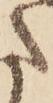
た